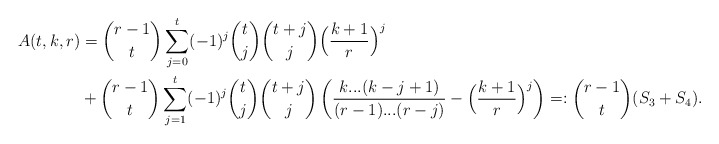
\begin{align*}A(t,k,r)&=\binom{r-1}{t}\sum_{j=0}^t(-1)^j\binom{t}{j}\binom{t+j}{j}\Big(\frac{k+1}{r}\Big)^j\\&+\binom{r-1}{t}\sum_{j=1}^t(-1)^{j}\binom{t}{j}\binom{t+j}{j}\left(\frac{k...(k-j+1)}{(r-1)...(r-j)}-\Big(\frac{k+1}{r}\Big)^j\right)=:\binom{r-1}{t}(S_3+S_4).\end{align*}